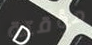
مؤقتة